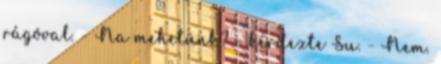
rágóval. - Na mehetünk? - kérdezte Su. - Nem.